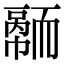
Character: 𦓠